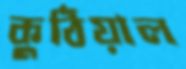
কুঠিয়াল